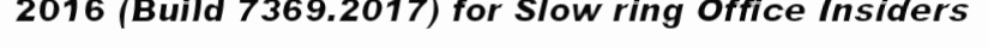
2016 (Build 7369.2017) for Slow ring Office Insiders